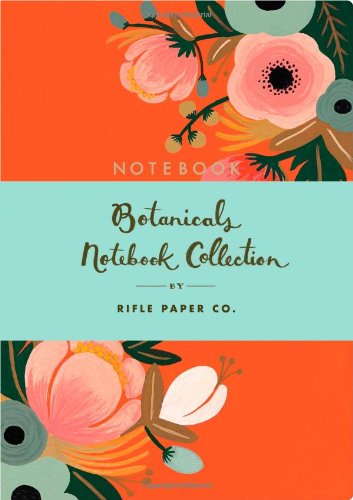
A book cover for Botanicals Notebook Collection; Rifle Paper Co.; Science & Math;